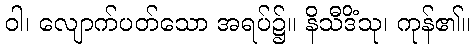
ဝါ၊ လျောက်ပတ်သော အရပ်၌။ နိသီဒိံသု၊ ကုန်၏။